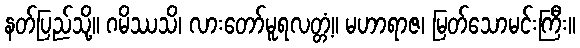
နတ်ပြည်သို့။ ဂမိဿသိ၊ လားတော်မူရလတ္တံ့။ မဟာရာဇ၊ မြတ်သောမင်းကြီး။